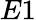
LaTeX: E1